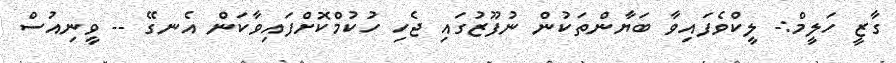
ގާޒީ ހަލީމް:- ލީކްވެފައިވާ ބަޔާންތަކުން ނުފޫޒުގައި ޖެހި ހުކުމްކޮށްފައިވާކަން އެނގޭ -- ވީނިއުސް